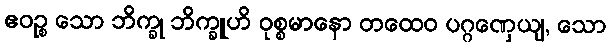
ဧဝဉ္စ သော ဘိက္ခု ဘိက္ခူဟိ ဝုစ္စမာနော တထေဝ ပဂ္ဂဏှေယျ, သော